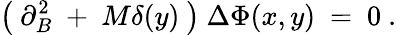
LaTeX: \left(~\partial_{B}^{2}~+~M\delta(y)~\right)~{\Delta\Phi}(x,y)~=~0~.